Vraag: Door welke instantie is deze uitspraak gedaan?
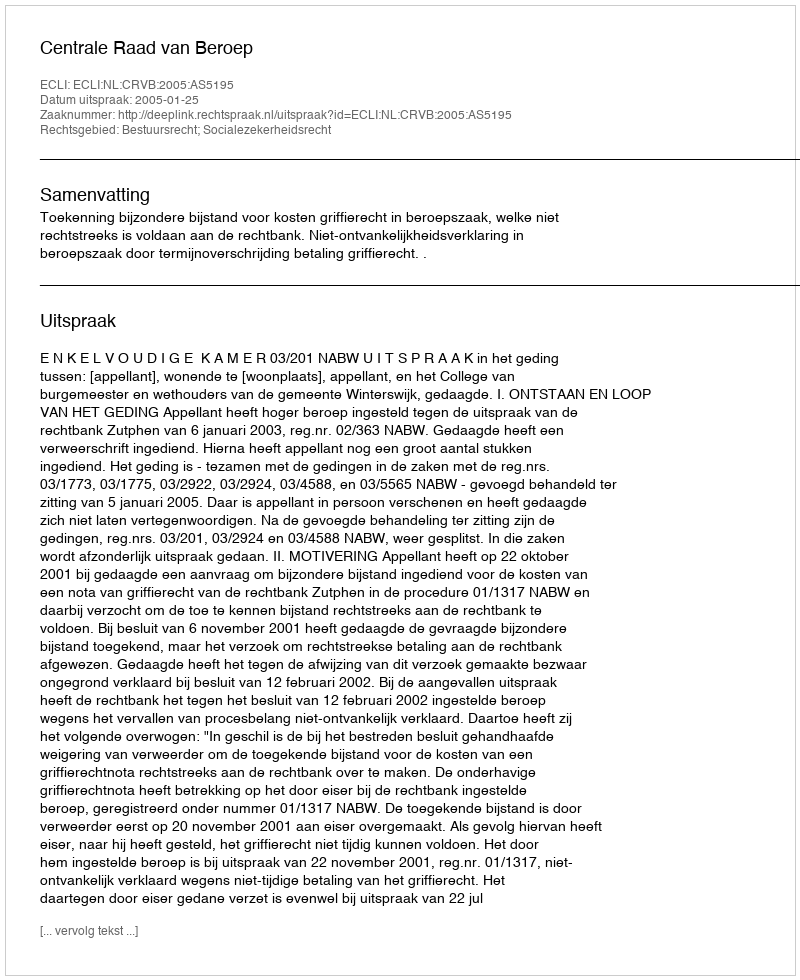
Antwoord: Centrale Raad van Beroep